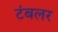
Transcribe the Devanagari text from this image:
टंबलर